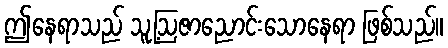
ဤနေရာသည် သူ့ဩဇာညောင်းသောနေရာ ဖြစ်သည်။